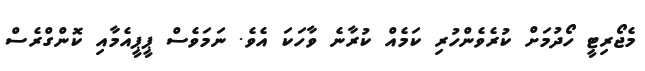
މެޖޯރިޓީ ހޯދުމަށް ކުރެވެންހުރި ކަމެއް ކުރާނެ ވާހަކަ އެވެ. ނަމަވެސް ޕީޕީއެމާއި ކޮންގްރެސް